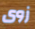
زوى